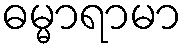
ဓမ္မာရာမာ